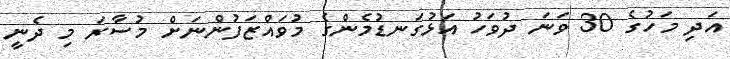
އަދި މަހުގެ 30 ވަނަ ދުވަހު އަޅުގަނޑުމެންގެ މުވައްޒަފުންނަށް މުސާރަ މި ދެނީ